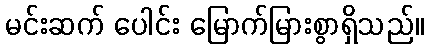
မင်းဆက် ပေါင်း မြောက်မြားစွာရှိသည်။